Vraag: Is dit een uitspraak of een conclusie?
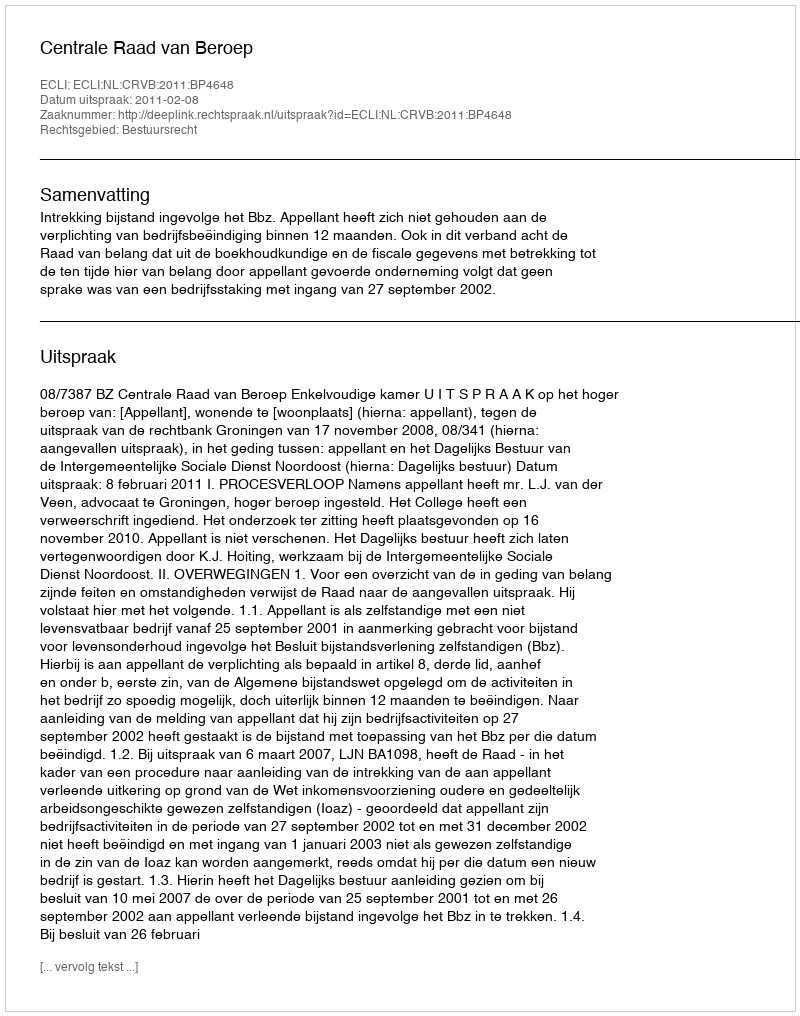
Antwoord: Uitspraak